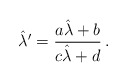
\begin{align*}\hat{\lambda}^{\prime} = \frac{a\hat{\lambda} +b}{c\hat{\lambda} +d}\, .\end{align*}